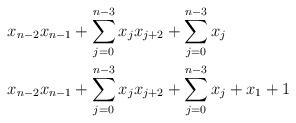
LaTeX: \begin{align*}& x_{n-2} x_{n-1} + \sum_{j=0}^{n-3} x_j x_{j+2} + \sum_{j=0}^{n-3} x_j \\& x_{n-2} x_{n-1} + \sum_{j=0}^{n-3} x_j x_{j+2} + \sum_{j=0}^{n-3} x_j + x_1 + 1\end{align*}